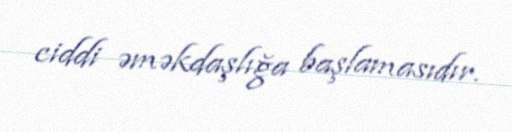
ciddi əməkdaşlığa başlamasıdır.